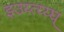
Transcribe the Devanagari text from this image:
इउय्त्य्य्घ्